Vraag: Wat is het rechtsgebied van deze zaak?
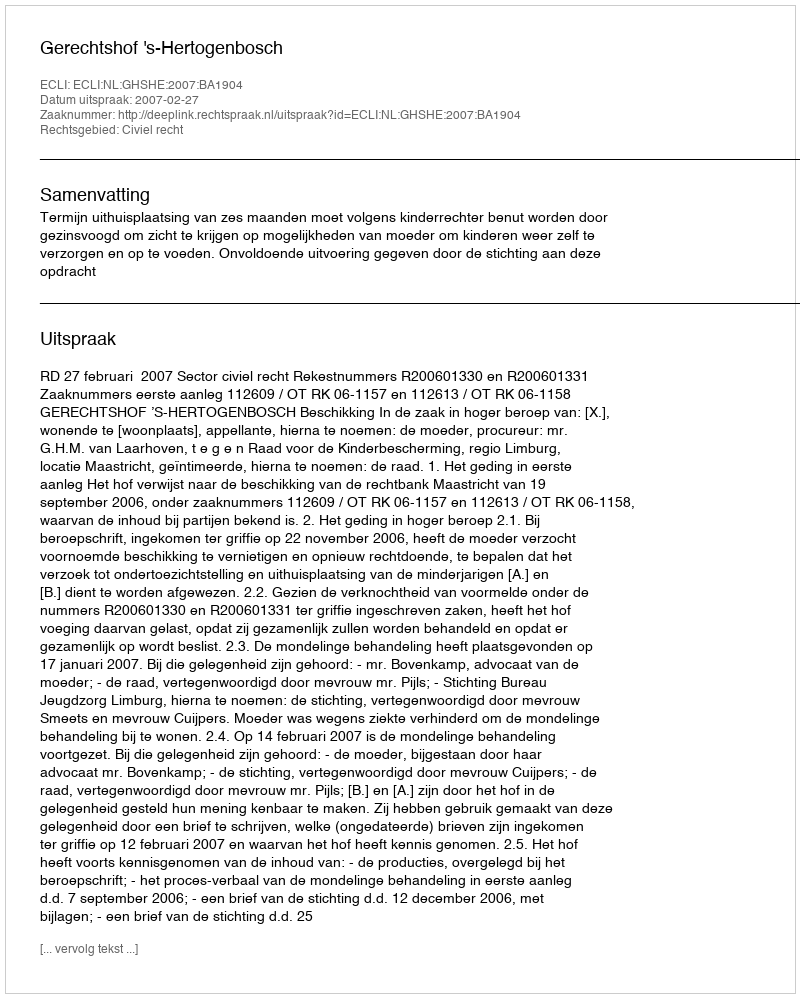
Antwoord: Civiel recht